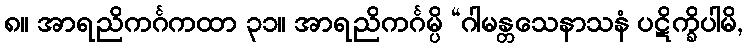
၈။ အာရညိကင်္ဂကထာ ၃၁။ အာရညိကင်္ဂမ္ပိ “ဂါမန္တသေနာသနံ ပဋိက္ခိပါမိ,